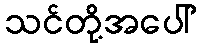
သင်တို့အပေါ်